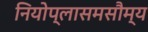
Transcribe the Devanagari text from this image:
नियोप्लासमसौम्य